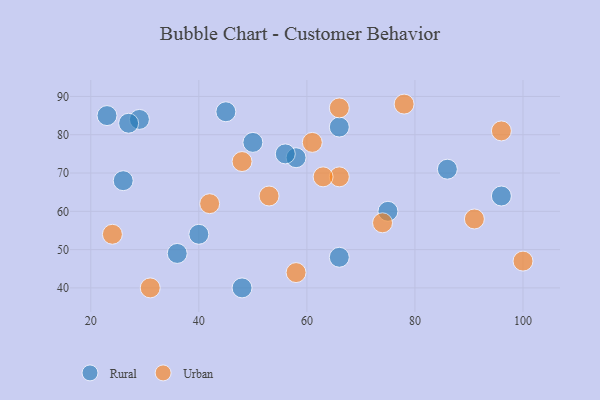
{"axis": {"x": "GDP", "y": "Life Expectancy"}, "legend": ["Rural", "Urban"], "data": [{"x": "66", "y": 48, "type": "Rural"}, {"x": "26", "y": 68, "type": "Rural"}, {"x": "40", "y": 54, "type": "Rural"}, {"x": "23", "y": 85, "type": "Rural"}, {"x": "45", "y": 86, "type": "Rural"}, {"x": "29", "y": 84, "type": "Rural"}, {"x": "96", "y": 64, "type": "Rural"}, {"x": "48", "y": 40, "type": "Rural"}, {"x": "66", "y": 82, "type": "Rural"}, {"x": "58", "y": 74, "type": "Rural"}, {"x": "27", "y": 83, "type": "Rural"}, {"x": "36", "y": 49, "type": "Rural"}, {"x": "56", "y": 75, "type": "Rural"}, {"x": "50", "y": 78, "type": "Rural"}, {"x": "75", "y": 60, "type": "Rural"}, {"x": "86", "y": 71, "type": "Rural"}, {"x": "74", "y": 57, "type": "Urban"}, {"x": "61", "y": 78, "type": "Urban"}, {"x": "42", "y": 62, "type": "Urban"}, {"x": "48", "y": 73, "type": "Urban"}, {"x": "58", "y": 44, "type": "Urban"}, {"x": "100", "y": 47, "type": "Urban"}, {"x": "53", "y": 64, "type": "Urban"}, {"x": "66", "y": 69, "type": "Urban"}, {"x": "91", "y": 58, "type": "Urban"}, {"x": "66", "y": 87, "type": "Urban"}, {"x": "31", "y": 40, "type": "Urban"}, {"x": "78", "y": 88, "type": "Urban"}, {"x": "24", "y": 54, "type": "Urban"}, {"x": "96", "y": 81, "type": "Urban"}, {"x": "63", "y": 69, "type": "Urban"}]}